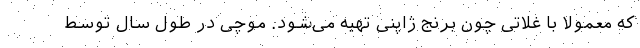
که معمولا با غلاتی چون برنج ژاپنی تهیه می‌شود. موچی در طول سال توسط